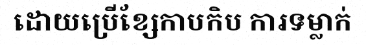
ដោយប្រើខ្សែកាបកិប ការទម្លាក់